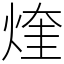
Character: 煃